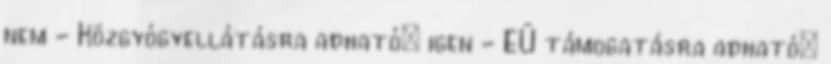
nem - Közgyógyellátásra adható: igen - EÜ támogatásra adható: